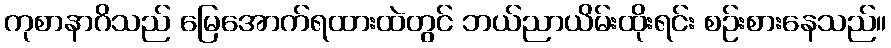
ကုစာနာဂိသည် မြေအောက်ရထားထဲတွင် ဘယ်ညာယိမ်းထိုးရင်း စဉ်းစားနေသည်။